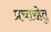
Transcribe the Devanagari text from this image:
प्रचारहेतु